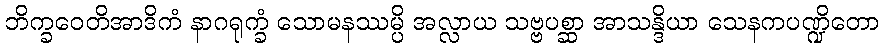
ဘိက္ခဝေတိအာဒိကံ နာဂရုက္ခံ သောမနဿမ္ပိ အလ္လာယ သဗ္ဗပစ္ဆာ အာသန္ဒိယာ သေနကပဏ္ဍိတော